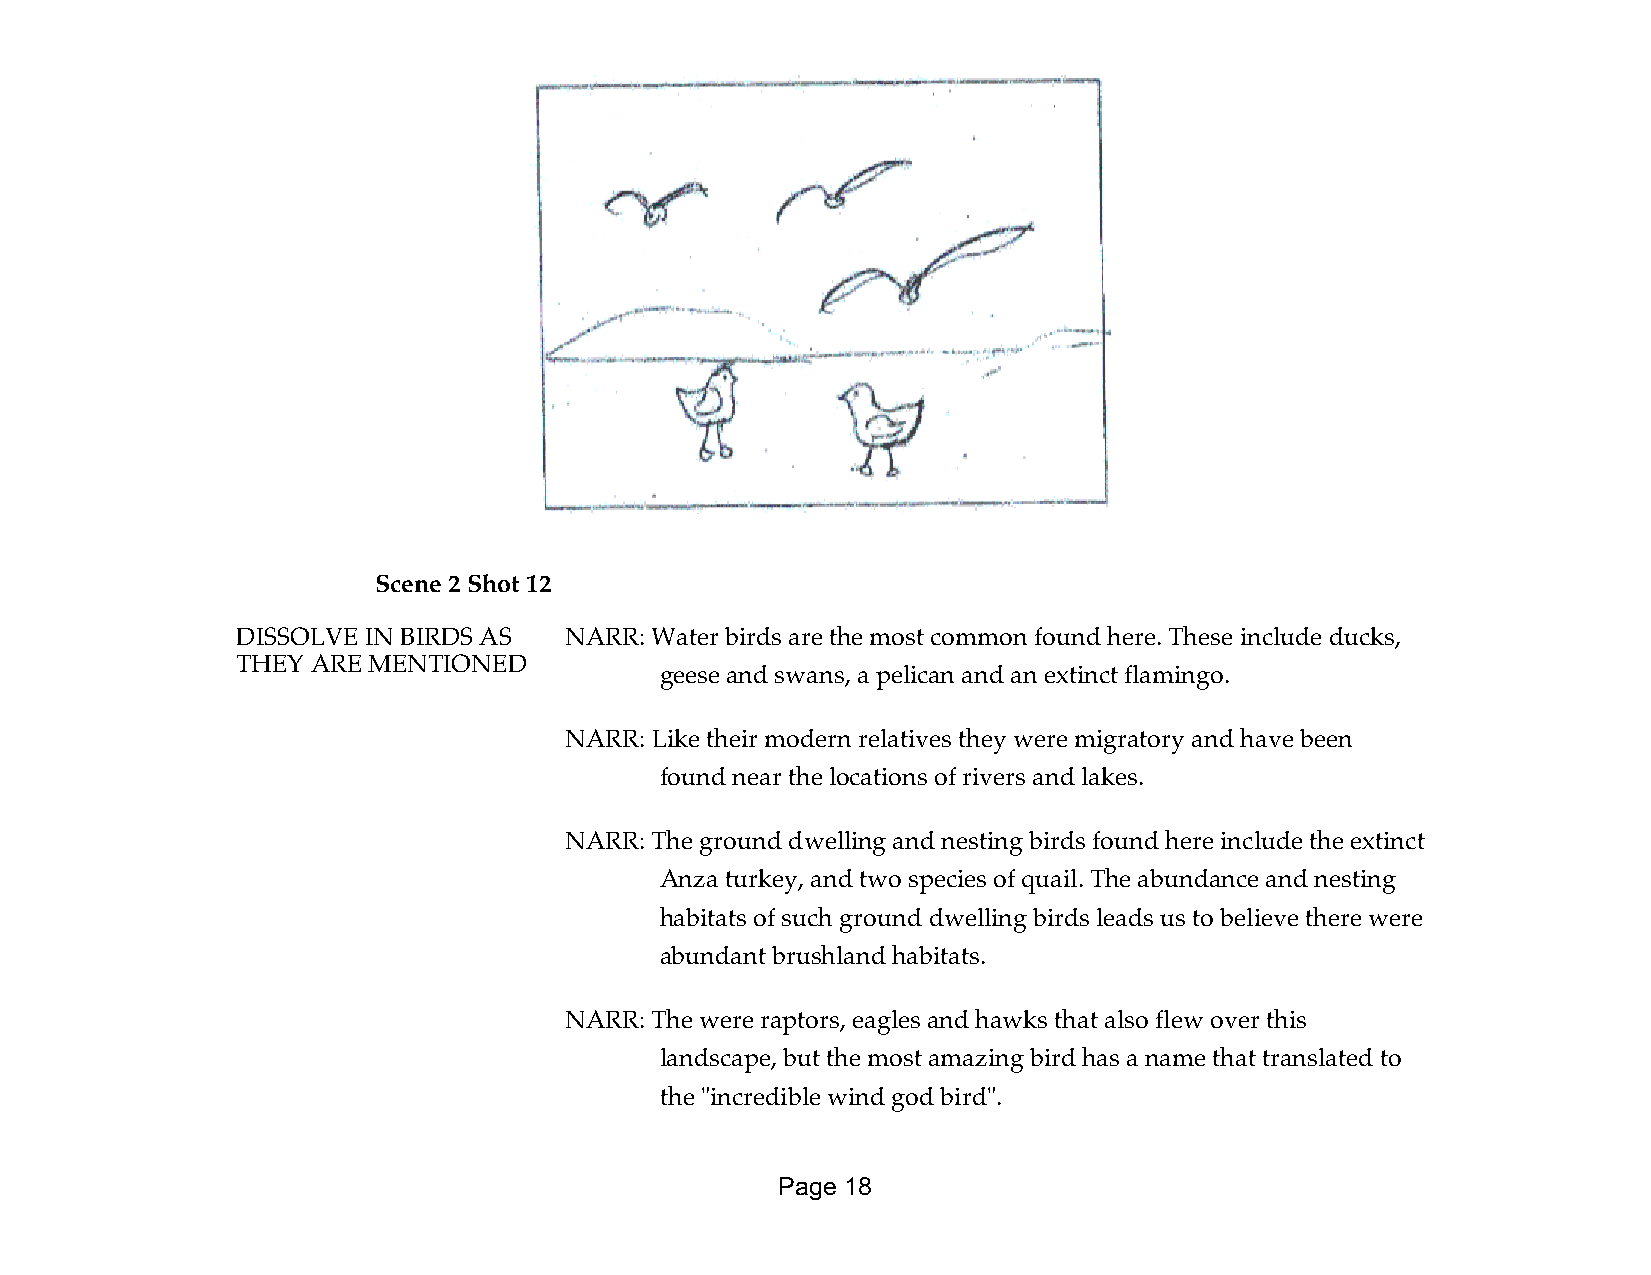
Scene 2 Shot 12
 DISSOLVE IN BIRDS AS NARR: Water birds are the most common found here. These include ducks,
 THEY ARE MENTIONED
 geese and swans, a pelican and an extinct flamingo.
 NARR: Like their modern relatives they were migratory and have been
 found near the locations of rivers and lakes.
 NARR: The ground dwelling and nesting birds found here include the extinct
 Anza turkey, and two species of quail. The abundance and nesting
 habitats of such ground dwelling birds leads us to believe there were
 abundant brushland habitats.
 NARR: The were raptors, eagles and hawks that also flew over this
 landscape, but the most amazing bird has a name that translated to
 the "incredible wind god bird".
 Page 18